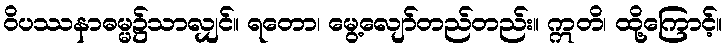
ဝိပဿနာဓမ္မ၌သာလျှင်။ ရတော၊ မွေ့လျော်တည်တည်း။ ဣတိ၊ ထို့ကြောင့်။